Annual administration report of the Civil Veterinary Department of India - 1896-1897
Year: 1896
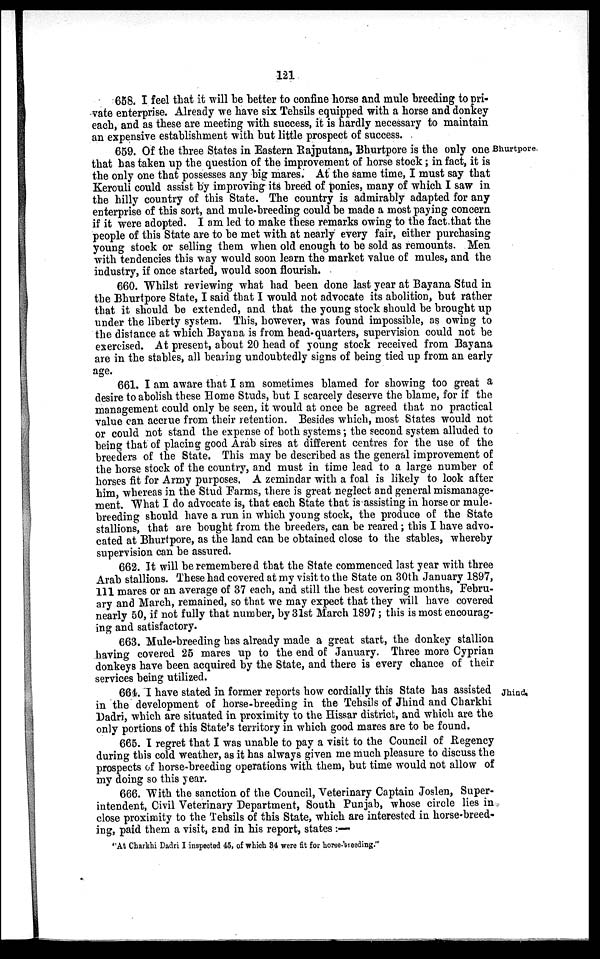
121
658. I feel that it will be better to confine horse and mule breeding to pri-
vate enterprise. Already we have six Tehsils equipped with a horse and donkey
each, and as these are meeting with success, it is hardly necessary to maintain
an expensive establishment with but little prospect of success.
Bhurtpore
659. Of the three States in Eastern Rajputana, Bhurtpore is the only one
that has taken up the question of the improvement of horse stock; in fact, it is
the only one that possesses any big mares. At the same time, I must say that
Kerouli could assist by improving its breed of ponies, many of which I saw in
the hilly country of this State. The country is admirably adapted for any
enterprise of this sort, and mule-breeding could be made a most paying concern
if it were adopted. I am led to make these remarks owing to the fact that the
people of this State are to be met with at nearly every fair, either purchasing
young stock or selling them when old enough to be sold as remounts. Men
with tendencies this way would soon learn the market value of mules, and the
industry, if once started, would soon flourish.
660. Whilst reviewing what had been done last year at Bayana Stud in
the Bhurtpore State, I said that I would not advocate its abolition, but rather
that it should be extended, and that the young stock should be brought up
under the liberty system. This, however, was found impossible, as owing to
the distance at which Bayana is from head-quarters, supervision could not be
exercised. At present, about 20 head of young stock received from Bayana
are in the stables, all bearing undoubtedly signs of being tied up from an early
age.
661. I am aware that I am sometimes blamed for showing too great a
desire to abolish these Home Studs, but I scarcely deserve the blame, for if the
management could only be seen, it would at once be agreed that no practical
value can accrue from their retention. Besides which, most States would not
or could not stand the expense of both systems; the second system alluded to
being that of placing good Arab sires at different centres for the use of the
breeders of the State. This may be described as the general improvement of
the horse stock of the country, and must in time lead to a large number of
horses fit for Army purposes. A zemindar with a foal is likely to look after
him, whereas in the Stud Farms, there is great neglect and general mismanage-
ment. What I do advocate is, that each State that is assisting in horse or mule-
breeding should have a run in which young stock, the produce of the State
stallions, that are bought from the breeders, can be reared; this I have advo-
cated at Bhurtpore, as the land can be obtained close to the stables, whereby
supervision can be assured.
662. It will be remembered that the State commenced last year with three
Arab stallions. These had covered at my visit to the State on 30th January 1897,
111 mares or an average of 37 each, and still the best covering months, Febru-
ary and March, remained, so that we may expect that they will have covered
nearly 50, if not fully that number, by 31st March 1897; this is most encourag-
ing and satisfactory.
663. Mule-breeding has already made a great start, the donkey stallion
having covered 25 mares up to the end of January. Three more Cyprian
donkeys have been acquired by the State, and there is every chance of their
services being utilized.
Jhind
664. "I have stated in former reports how cordially this State has assisted
in the development of horse-breeding in the Tehsils of Jhind and Charkhi
Dadri, which are situated in proximity to the Hissar district, and which are the
only portions of this State's territory in which good mares are to be found.
665. I regret that I was unable to pay a visit to the Council of Regency
during this cold weather, as it has always given me much pleasure to discuss the
prospects of horse-breeding operations with them, but time would not allow of
my doing so this year.
666. With the sanction of the Council, Veterinary Captain Joslen, Super-
intendent, Civil Veterinary Department, South Punjab, whose circle lies in
close proximity to the Tehsils of this State, which are interested in horse-breed
ing, paid them a visit, and in his report, states :—
"At Charkhi Dadri I inspected 45, of which 34 were fit for horse-breeding."